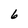
Character: 6